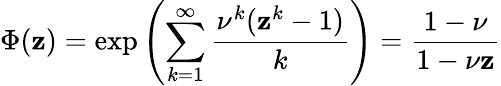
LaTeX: \Phi(\mathbf{z})=\exp\left(\sum_{k=1}^{\infty}\frac{{\nu^{k}(\mathbf{z}^{k}-1)}}{{k}}\right)=\frac{{1-\nu}}{{1-\nu\mathbf{z}}}